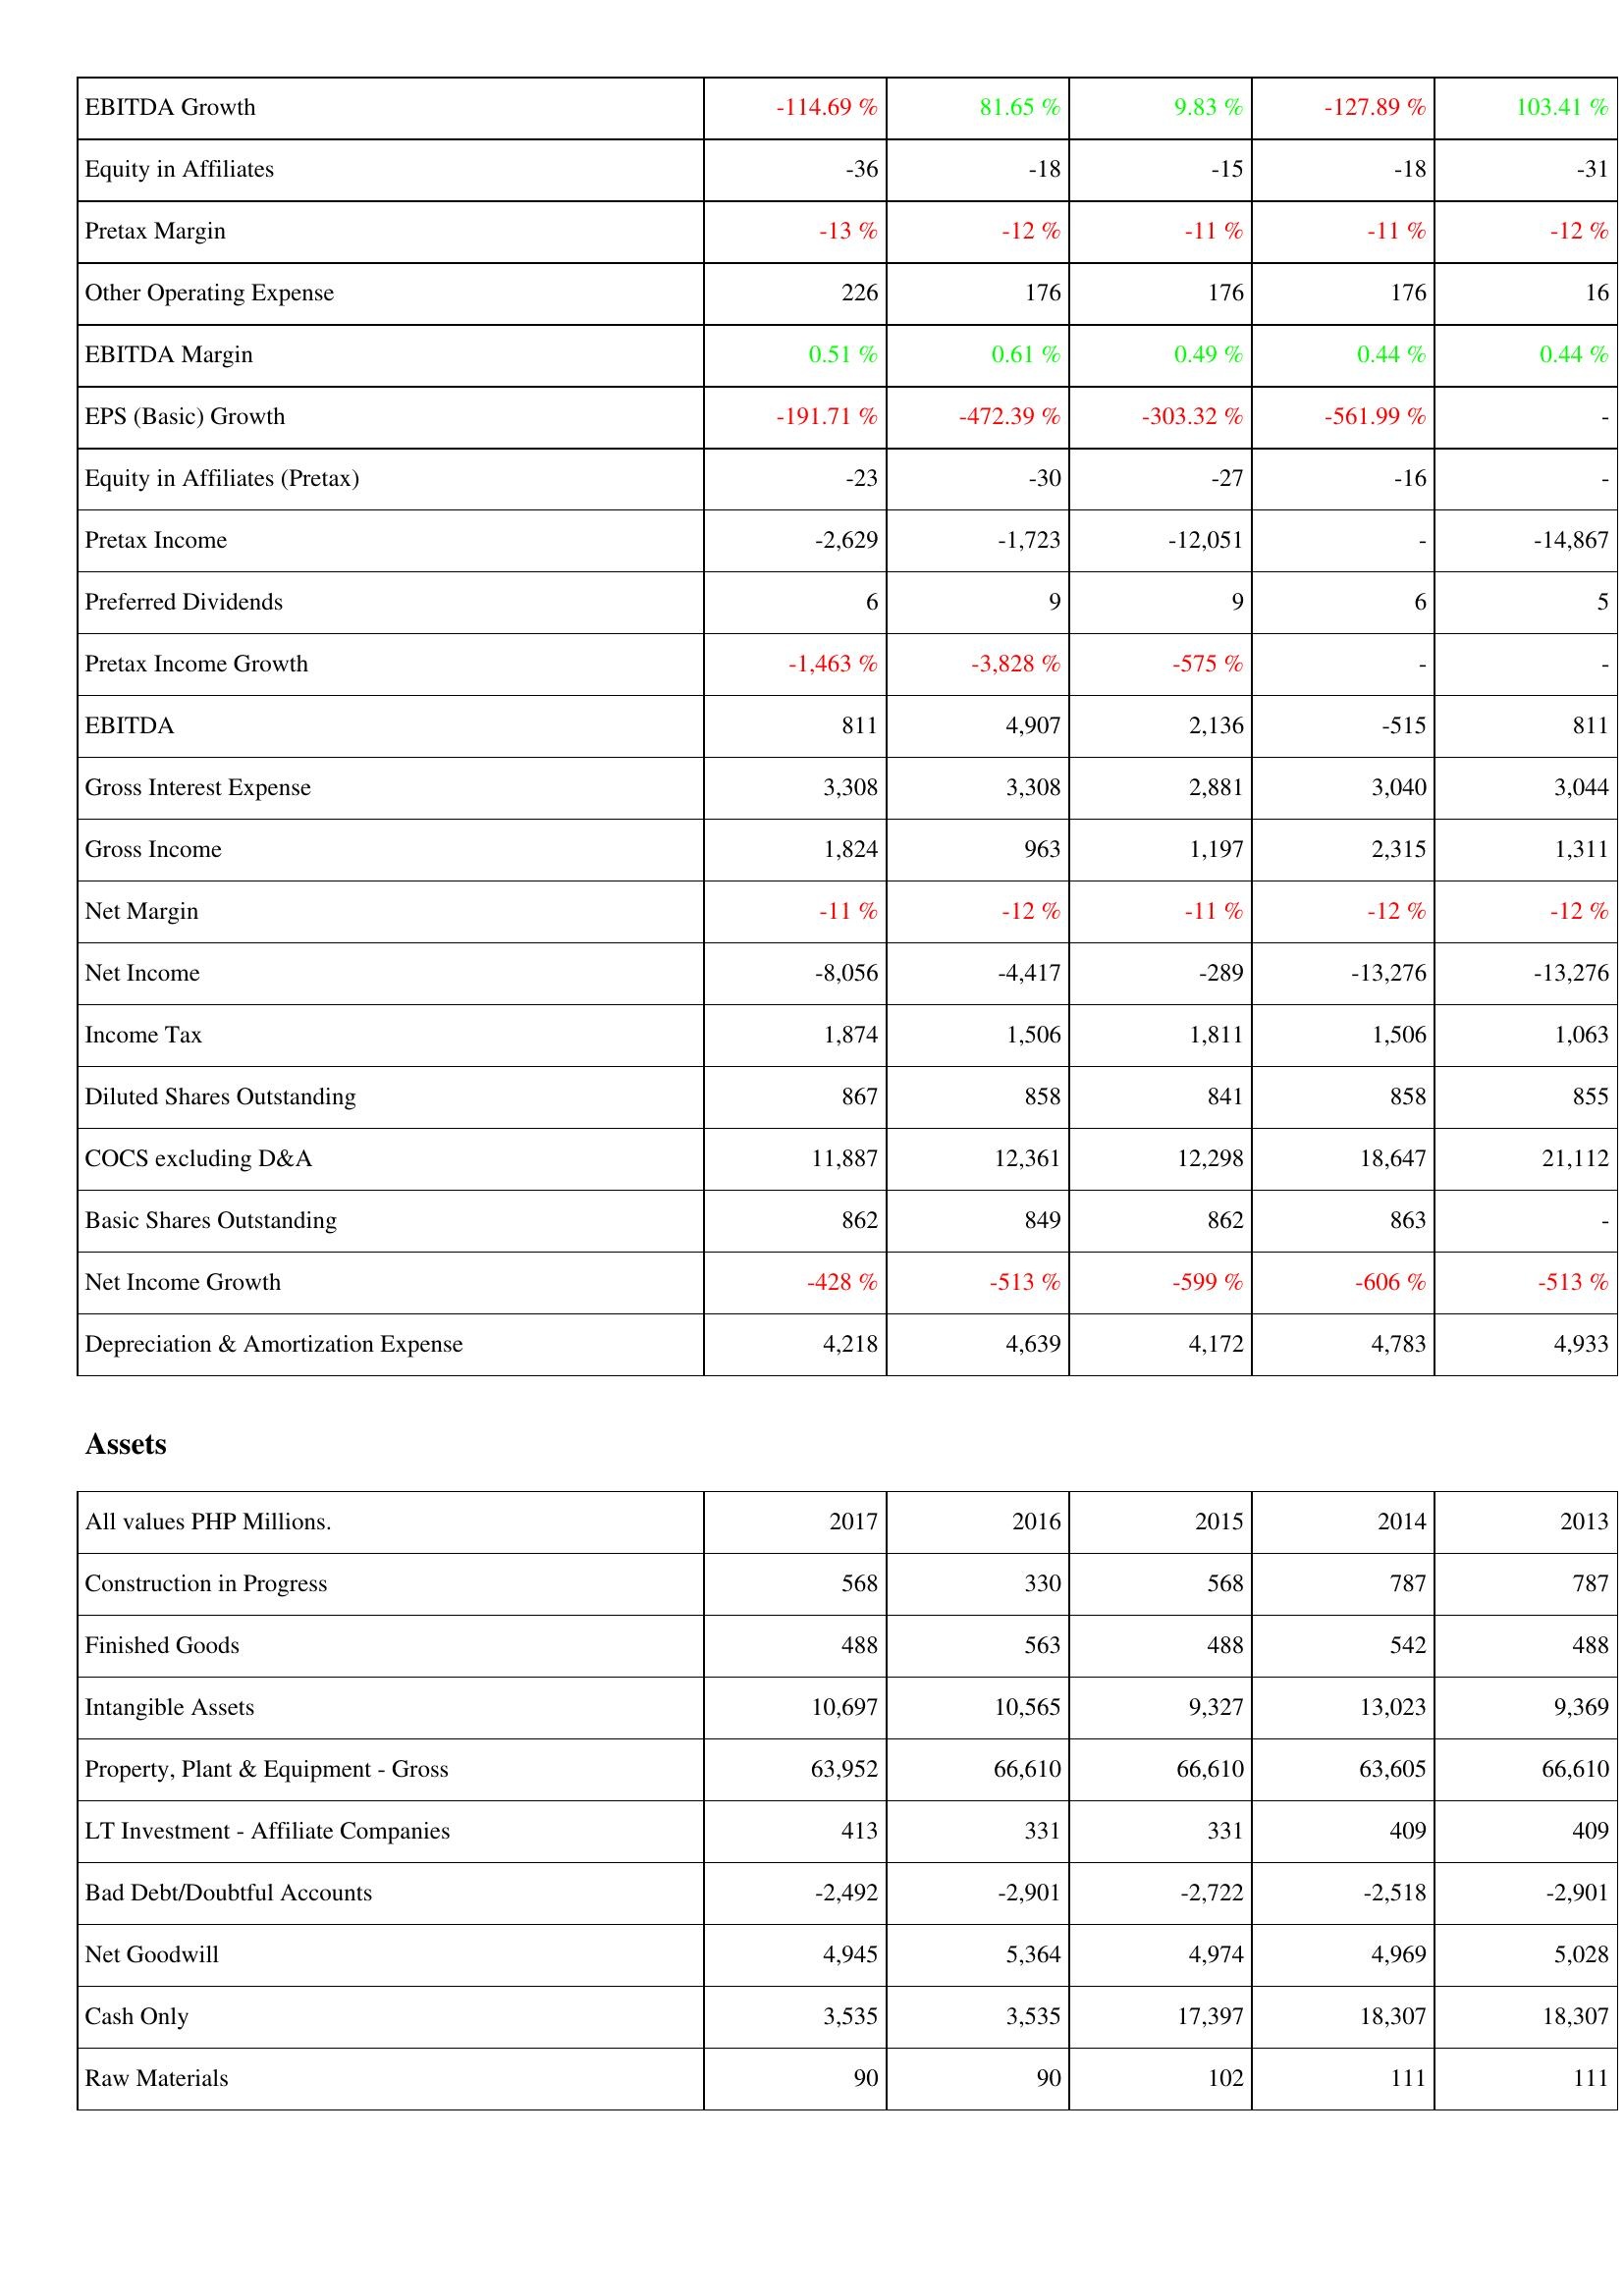
2017: Income Statement: EBITDA Growth: -114.69 %
Equity in Affiliates: -36
Pretax Margin: -13 %
Other Operating Expense: 226
EBITDA Margin: 0.51 %
EPS (Basic) Growth: -191.71 %
Equity in Affiliates (Pretax): -23
Pretax Income: -2,629
Preferred Dividends: 6
Pretax Income Growth: -1,463 %
EBITDA: 811
Gross Interest Expense: 3,308
Gross Income: 1,824
Net Margin: -11 %
Net Income: -8,056
Income Tax: 1,874
Diluted Shares Outstanding: 867
COCS excluding D&A: 11,887
Basic Shares Outstanding: 862
Net Income Growth: -428 %
Depreciation & Amortization Expense: 4,218
Assets: Construction in Progress: 568
Finished Goods: 488
Intangible Assets: 10,697
Property, Plant & Equipment - Gross: 63,952
LT Investment - Affiliate Companies: 413
Bad Debt/Doubtful Accounts: -2,492
Net Goodwill: 4,945
Cash Only: 3,535
Raw Materials: 90
2016: Income Statement: EBITDA Growth: 81.65 %
Equity in Affiliates: -18
Pretax Margin: -12 %
Other Operating Expense: 176
EBITDA Margin: 0.61 %
EPS (Basic) Growth: -472.39 %
Equity in Affiliates (Pretax): -30
Pretax Income: -1,723
Preferred Dividends: 9
Pretax Income Growth: -3,828 %
EBITDA: 4,907
Gross Interest Expense: 3,308
Gross Income: 963
Net Margin: -12 %
Net Income: -4,417
Income Tax: 1,506
Diluted Shares Outstanding: 858
COCS excluding D&A: 12,361
Basic Shares Outstanding: 849
Net Income Growth: -513 %
Depreciation & Amortization Expense: 4,639
Assets: Construction in Progress: 330
Finished Goods: 563
Intangible Assets: 10,565
Property, Plant & Equipment - Gross: 66,610
LT Investment - Affiliate Companies: 331
Bad Debt/Doubtful Accounts: -2,901
Net Goodwill: 5,364
Cash Only: 3,535
Raw Materials: 90
2015: Income Statement: EBITDA Growth: 9.83 %
Equity in Affiliates: -15
Pretax Margin: -11 %
Other Operating Expense: 176
EBITDA Margin: 0.49 %
EPS (Basic) Growth: -303.32 %
Equity in Affiliates (Pretax): -27
Pretax Income: -12,051
Preferred Dividends: 9
Pretax Income Growth: -575 %
EBITDA: 2,136
Gross Interest Expense: 2,881
Gross Income: 1,197
Net Margin: -11 %
Net Income: -289
Income Tax: 1,811
Diluted Shares Outstanding: 841
COCS excluding D&A: 12,298
Basic Shares Outstanding: 862
Net Income Growth: -599 %
Depreciation & Amortization Expense: 4,172
Assets: Construction in Progress: 568
Finished Goods: 488
Intangible Assets: 9,327
Property, Plant & Equipment - Gross: 66,610
LT Investment - Affiliate Companies: 331
Bad Debt/Doubtful Accounts: -2,722
Net Goodwill: 4,974
Cash Only: 17,397
Raw Materials: 102
2014: Income Statement: EBITDA Growth: -127.89 %
Equity in Affiliates: -18
Pretax Margin: -11 %
Other Operating Expense: 176
EBITDA Margin: 0.44 %
EPS (Basic) Growth: -561.99 %
Equity in Affiliates (Pretax): -16
Pretax Income: -
Preferred Dividends: 6
Pretax Income Growth: -
EBITDA: -515
Gross Interest Expense: 3,040
Gross Income: 2,315
Net Margin: -12 %
Net Income: -13,276
Income Tax: 1,506
Diluted Shares Outstanding: 858
COCS excluding D&A: 18,647
Basic Shares Outstanding: 863
Net Income Growth: -606 %
Depreciation & Amortization Expense: 4,783
Assets: Construction in Progress: 787
Finished Goods: 542
Intangible Assets: 13,023
Property, Plant & Equipment - Gross: 63,605
LT Investment - Affiliate Companies: 409
Bad Debt/Doubtful Accounts: -2,518
Net Goodwill: 4,969
Cash Only: 18,307
Raw Materials: 111
2013: Income Statement: EBITDA Growth: 103.41 %
Equity in Affiliates: -31
Pretax Margin: -12 %
Other Operating Expense: 16
EBITDA Margin: 0.44 %
EPS (Basic) Growth: -
Equity in Affiliates (Pretax): -
Pretax Income: -14,867
Preferred Dividends: 5
Pretax Income Growth: -
EBITDA: 811
Gross Interest Expense: 3,044
Gross Income: 1,311
Net Margin: -12 %
Net Income: -13,276
Income Tax: 1,063
Diluted Shares Outstanding: 855
COCS excluding D&A: 21,112
Basic Shares Outstanding: -
Net Income Growth: -513 %
Depreciation & Amortization Expense: 4,933
Assets: Construction in Progress: 787
Finished Goods: 488
Intangible Assets: 9,369
Property, Plant & Equipment - Gross: 66,610
LT Investment - Affiliate Companies: 409
Bad Debt/Doubtful Accounts: -2,901
Net Goodwill: 5,028
Cash Only: 18,307
Raw Materials: 111